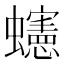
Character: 䘆